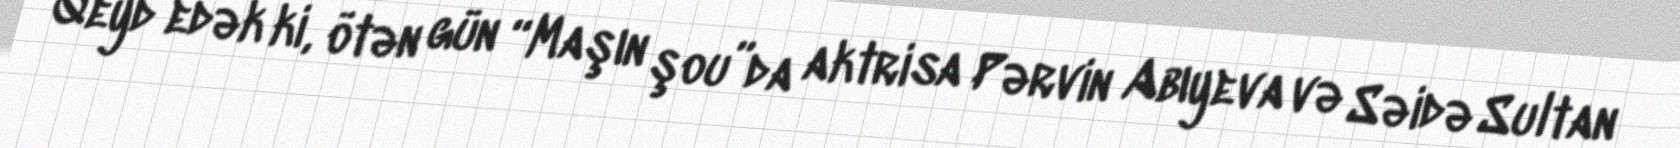
Qeyd edək ki, ötən gün “Maşın şou”da aktrisa Pərvin Abıyeva və Səidə Sultan